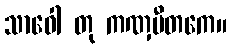
သာဝေါ တု ကဏှပီတကေ။